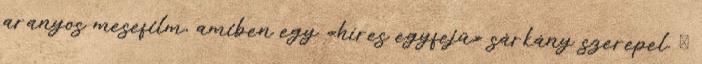
aranyos mesefilm, amiben egy «híres egyfejű» sárkány szerepel. Ő